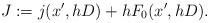
LaTeX: \begin{align*}J := j(x',hD) + hF_0(x',hD). \end{align*}